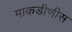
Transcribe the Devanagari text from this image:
माकडीणीस